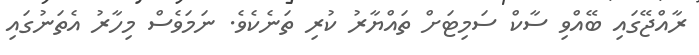
ރާއްޖޭގައި ބޭއްވި ސާކް ސަމިޓަށް ތައްޔާރު ކުރި ތަނެކެވެ. ނަމަވެސް މިހާރު އެތަނުގައި